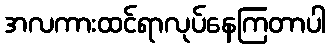
အလကားထင်ရာလုပ်နေကြတာပါ